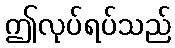
ဤလုပ်ရပ်သည်